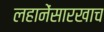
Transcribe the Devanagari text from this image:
लहानेंसारखाच